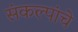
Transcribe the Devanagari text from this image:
संकल्पांचे